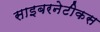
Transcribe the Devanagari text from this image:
साइबरनेटीकस